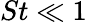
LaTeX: St\ll 1